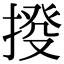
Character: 𢯸